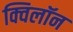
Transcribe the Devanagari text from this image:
क्विलॉन